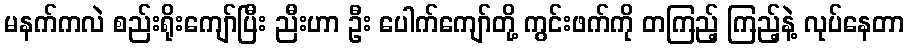
မနက်ကလဲ စည်းရိုးကျော်ပြီး ညီးဟာ ဦး ပေါက်ကျော်တို့ ကွင်းဖက်ကို တကြည့် ကြည့်နဲ့ လုပ်နေတာ